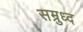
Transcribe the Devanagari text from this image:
सम्रुध्द